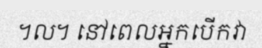
។ល។ នៅពេលអ្នកបើកវា